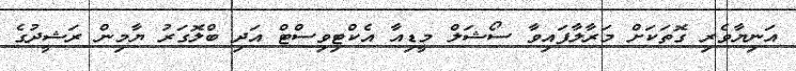
އަނިޔާވެރި ގޮތަކަށް މަރާލާފައިވާ ސޯޝަލް މީޑިއާ އެކްޓިވިސްޓް އަދި ބްލޮގަރު ޔާމިން ރަޝީދުގެ